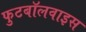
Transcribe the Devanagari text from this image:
फुटबॉलवाइस